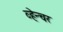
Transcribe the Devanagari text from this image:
व्हेन्चर